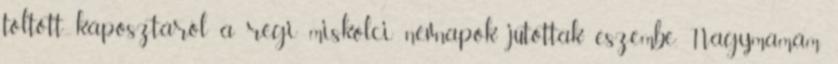
töltött káposztáról a régi miskolci névnapok jutottak eszembe. Nagymamám